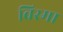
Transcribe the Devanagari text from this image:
विस्मा